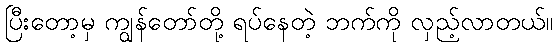
ပြီးတော့မှ ကျွန်တော်တို့ ရပ်နေတဲ့ ဘက်ကို လှည့်လာတယ်။